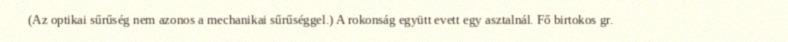
(Az optikai sűrűség nem azonos a mechanikai sűrűséggel.) A rokonság együtt evett egy asztalnál. Fő birtokos gr.